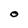
Character: O